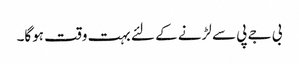
بی جے پی سے لڑنے کے لئے بہت وقت ہوگا۔